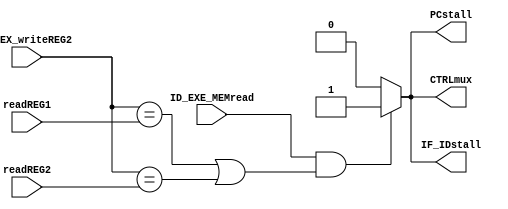
`timescale 1ns / 1ps
module HDU(ID_EX_writeREG2,ID_EXE_MEMread,
	readREG1,readREG2,PCstall,IF_IDstall,CTRLmux);
input [2:0] readREG1,readREG2,ID_EX_writeREG2;
input ID_EXE_MEMread;
output reg PCstall,IF_IDstall,CTRLmux;

always@(*)
begin
	if(ID_EXE_MEMread && (ID_EX_writeREG2==readREG1 || ID_EX_writeREG2==readREG2) )
	begin
		PCstall=1'b1;
		IF_IDstall=1'b1;
		CTRLmux=1'b1;
	end
	else begin
		PCstall=1'b0;
		IF_IDstall=1'b0;
		CTRLmux=1'b0;
	end
end

endmodule